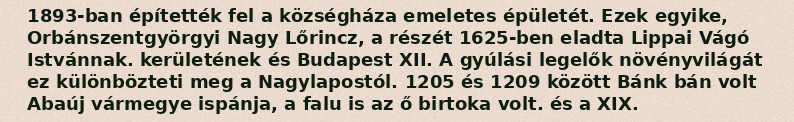
1893-ban építették fel a községháza emeletes épületét. Ezek egyike, Orbánszentgyörgyi Nagy Lőrincz, a részét 1625-ben eladta Lippai Vágó Istvánnak. kerületének és Budapest XII. A gyúlási legelők növényvilágát ez különbözteti meg a Nagylapostól. 1205 és 1209 között Bánk bán volt Abaúj vármegye ispánja, a falu is az ő birtoka volt. és a XIX.